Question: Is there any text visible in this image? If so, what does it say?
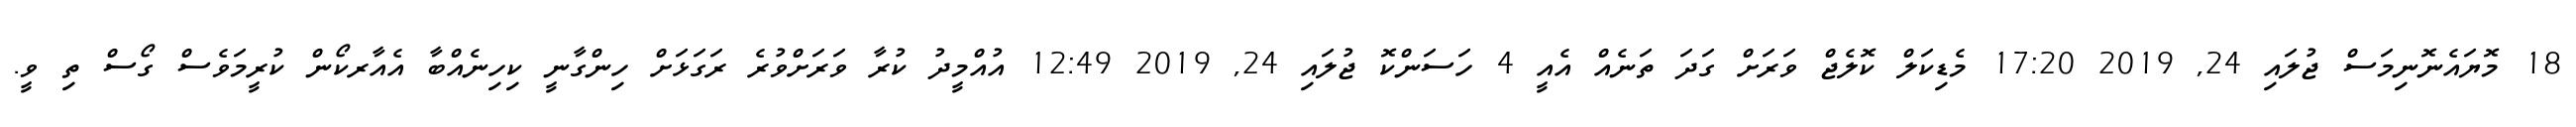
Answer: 18 މޮޔައެނޮނިމަސް ޖުލައި 24, 2019 17:20 މެޑިކަލް ކޮލެޖް ވަރަށް ގަދަ ތަނެއް އެއީ 4 ހަސަންކޮ ޖުލައި 24, 2019 12:49 އުއްމީދު ކުރާ ވަރަށްވުރެ ރަގަޅަށް ހިންގާނީ ކިހިނެއްބާ އެއާރކޯން ކުރީމަވެސް ގޯސް ތި ވީ.